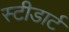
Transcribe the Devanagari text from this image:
स्टीडार्ट